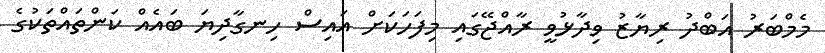
މެމްބަރު އަބްދު ރިޔާޒު ވިދާޅުވީ ރާއްޖޭގައި މިފަހަކަށް އައިސް ހިނގާދިޔަ ބައެއް ކަންތައްތަކުގެ